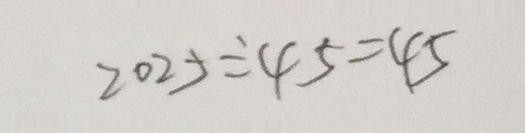
2 0 2 5 \div 4 5 = 4 5